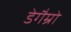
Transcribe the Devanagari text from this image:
डेगैम्रो